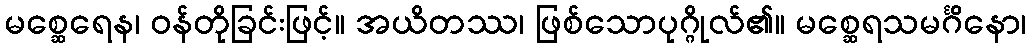
မစ္ဆေရေန၊ ဝန်တိုခြင်းဖြင့်။ အယိတဿ၊ ဖြစ်သောပုဂ္ဂိုလ်၏။ မစ္ဆေရသမင်္ဂိနော၊